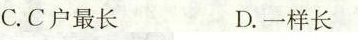
C.C户最长 D.一样长